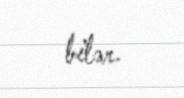
bilər.